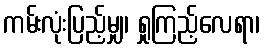
ကမ်းလုံးပြည့်မျှ၊ ရှုကြည့်လေရာ၊